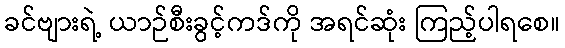
ခင်ဗျားရဲ့ ယာဉ်စီးခွင့်ကဒ်ကို အရင်ဆုံး ကြည့်ပါရစေ။